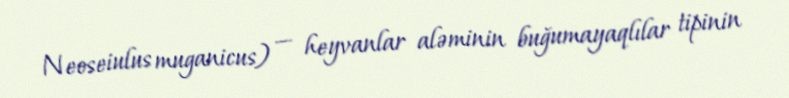
Neoseiulus muganicus) — heyvanlar aləminin buğumayaqlılar tipinin